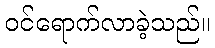
ဝင်ရောက်လာခဲ့သည်။